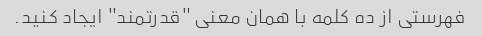
فهرستی از ده کلمه با همان معنی "قدرتمند" ایجاد کنید.